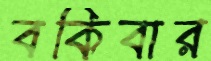
বকিবার